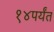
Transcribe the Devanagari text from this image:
१४पर्यंत